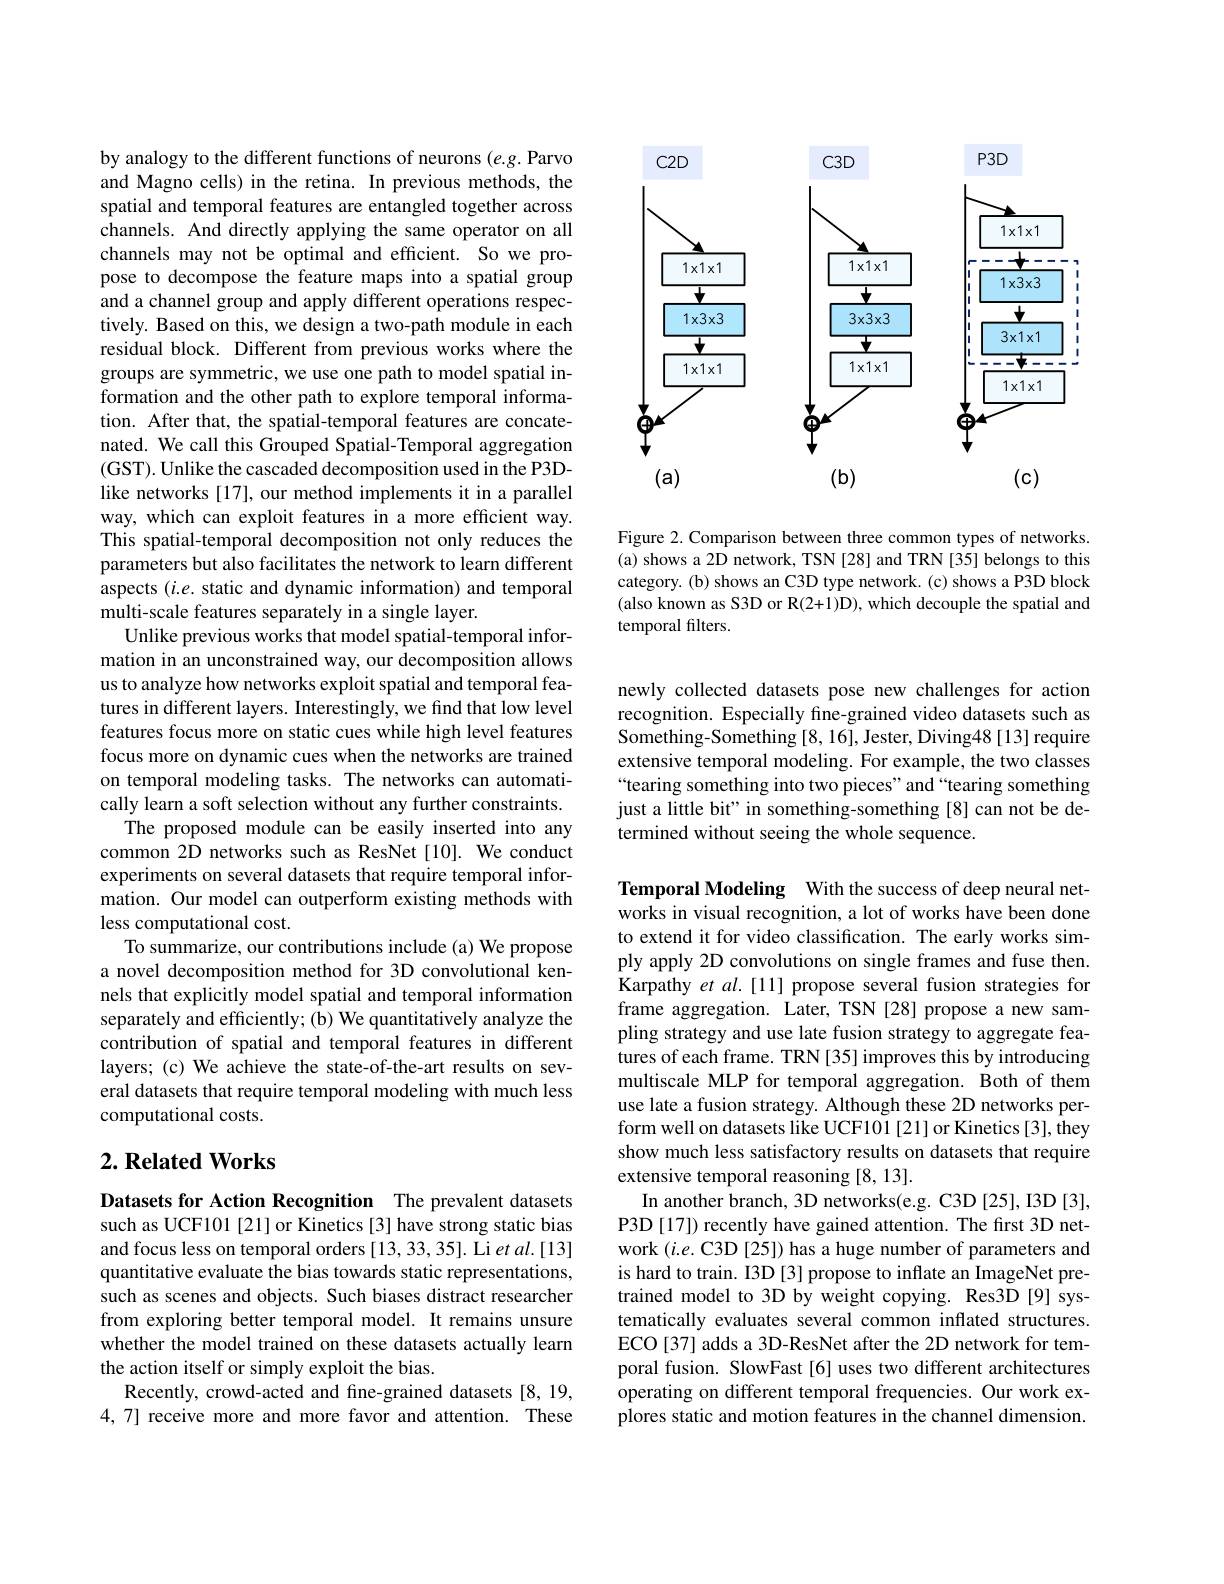
by analogy to the different functions of neurons (e.g. Parvo and Magno cells) in the retina. In previous methods, the spatial and temporal features are entangled together across channels. And directly applying the same operator on all channels may not be optimal and efficient. So we propose to decompose the feature maps into a spatial group and a channel group and apply different operations respectively. Based on this, we design a two-path module in each residual block. Different from previous works where the groups are symmetric, we use one path to model spatial information and the other path to explore temporal information. After that, the spatial-temporal features are concatenated. We call this Grouped Spatial-Temporal aggregation (GST). Unlike the cascaded decomposition used in the P3Dlike networks [17], our method implements it in a parallel way, which can exploit features in a more efficient way. This spatial-temporal decomposition not only reduces the parameters but also facilitates the network to learn different aspects $(i.e.$ static and dynamic information) and temporal multi-scale features separately in a single layer.
Unlike previous works that model spatial-temporal information in an unconstrained way, our decomposition allows us to analyze how networks exploit spatial and temporal features in different layers. Interestingly, we find that low level features focus more on static cues while high level features focus more on dynamic cues when the networks are trained on temporal modeling tasks. The networks can automatically learn a soft selection without any further constraints.
The proposed module can be easily inserted into any common 2D networks such as ResNet[10]. We conduct experiments on several datasets that require temporal information. Our model can outperform existing methods with less computational cost.
To summarize, our contributions include (a) We propose a novel decomposition method for 3D convolutional kennels that explicitly model spatial and temporal information separately and efficiently; (b) We quantitatively analyze the contribution of spatial and temporal features in different layers; (c) We achieve the state-of-the-art results on several datasets that require temporal modeling with much less computational costs.

## $2. \textbf{Related Works}$

Datasets for Action Recognition The prevalent datasets such as UCF101 [21] or Kinetics [3] have strong static bias and focus less on temporal orders [13, 33, 35]. Li et al.[13] quantitative evaluate the bias towards static representations, such as scenes and objects. Such biases distract researcher from exploring better temporal model. It remains unsure whether the model trained on these datasets actually learn the action itself or simply exploit the bias.
Recently, crowd-acted and fine-grained datasets [8,19, 4,7] receive more and more favor and attention. These

<FigureHere>

Figure 2. Comparison between three common types of networks. (a) shows a 2D network, TSN [28] and TRN [35] belongs to this category. (b) shows an C3D type network. (c) shows a P3D block (also known as S3D or R(2+1)D), which decouple the spatial and temporal filters.

newly collected datasets pose new challenges for action recognition. Especially fine-grained video datasets such as Something-Something [8,16], Jester, Diving48 [13] require extensive temporal modeling. For example, the two classes “tearing something into two pieces" and“tearing something just a little bit" in something-something [8] can not be determined without seeing the whole sequence.

Temporal Modeling With the success of deep neural networks in visual recognition, a lot of works have been done to extend it for video classification. The early works simply apply 2D convolutions on single frames and fuse then. Karpathy et $al.[11]$ propose several fusion strategies for frame aggregation. Later, TSN [28] propose a new sampling strategy and use late fusion strategy to aggregate features of each frame. TRN [35] improves this by introducing multiscale MLP for temporal aggregation. Both of them use late a fusion strategy. Although these 2D networks perform well on datasets like UCF101 [21] or Kinetics [3], they show much less satisfactory results on datasets that require extensive temporal reasoning [8,13].
In another branch, 3D networks(e.g. C3D [25], I3D [3], P3D [17]) recently have gained attention. The first 3D network $(i.e.$ C3D [25]) has a huge number of parameters and is hard to train. I3D [3] propose to inflate an ImageNet pretrained model to 3D by weight copying. Res3D [9] systematically evaluates several common inflated structures. ECO[37] adds a 3D-ResNet after the 2D network for temporal fusion. SlowFast[6] uses two different architectures operating on different temporal frequencies. Our work explores static and motion features in the channel dimension.